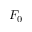
F _ { 0 }